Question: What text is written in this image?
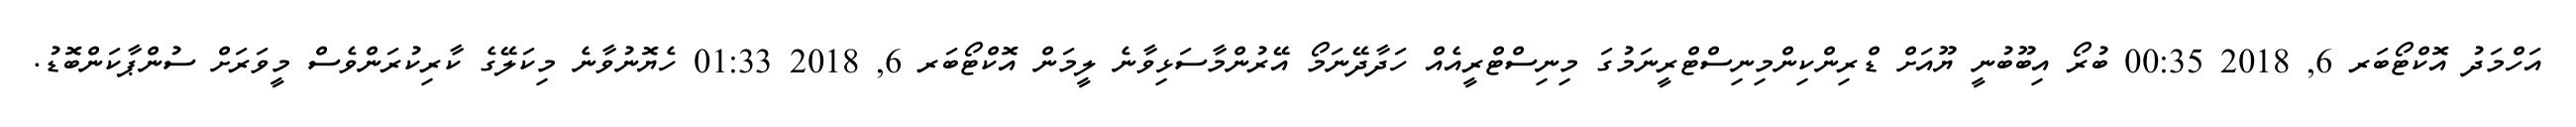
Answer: އަހްމަދު އޮކްޓޯބަރ 6, 2018 00:35 ބުރޯ އިބޫބުނީ ޔޫއަށް ޑްރިންކިންމިނިސްޓްރީނަމުގަ މިނިސްޓްރީއެއް ހަދާދޭނަމޯ އޭރުންމާސަޅިވާނެ ލީމަން އޮކްޓޯބަރ 6, 2018 01:33 ހެޔޮނުވާނެ މިކަލޭގެ ކާރިކުރަންވެސް މީވަރަށް ސުންޕާކަންބޮޑު.